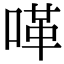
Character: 㗆